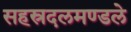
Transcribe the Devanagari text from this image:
सहस्रदलमण्डले